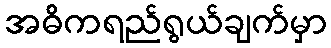
အဓိကရည်ရွယ်ချက်မှာ